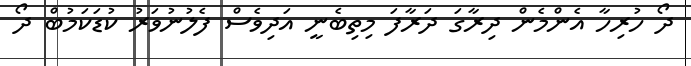
ދޯ ހުރިހާ އެންމެން ދިރާގަ ދަރާފަ މިތިބެނީ އަދިވެސް ފެލުނުވަރު ކުޑަކަމުބް ދޯ